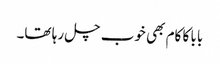
بابا کا کام بھی خوب چل رہا تھا۔